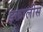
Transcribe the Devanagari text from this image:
इक्तालीस